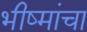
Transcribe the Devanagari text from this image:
भीष्मांचा